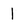
Character: 1